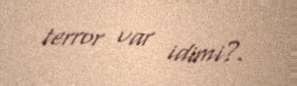
terror var idimi?.